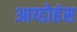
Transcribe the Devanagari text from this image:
आय्डोहंस